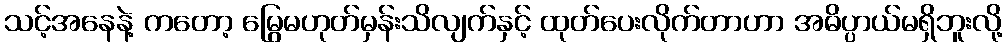
သင့်အနေနဲ့ ကတော့ မြွေမဟုတ်မှန်းသိလျက်နှင့် ထုတ်ပေးလိုက်တာဟာ အဓိပ္ပာယ်မရှိဘူးလို့